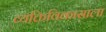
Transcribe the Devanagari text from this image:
व्यक्तिविकासाला